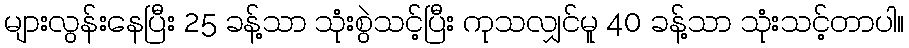
များလွန်းနေပြီး 25 ခန့်သာ သုံးစွဲသင့်ပြီး ကုသလျှင်မူ 40 ခန့်သာ သုံးသင့်တာပါ။